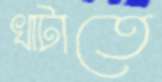
খাটাতে